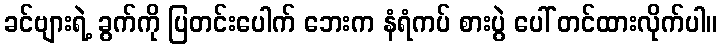
ခင်ဗျားရဲ့ ခွက်ကို ပြတင်းပေါက် ဘေးက နံရံကပ် စားပွဲ ပေါ် တင်ထားလိုက်ပါ။